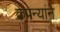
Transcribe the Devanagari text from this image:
कंपन्यांने